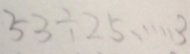
5 3 \div 2 5 \cdots 3